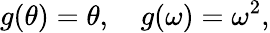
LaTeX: g(\theta)=\theta,\quad g(\omega)=\omega^{2},